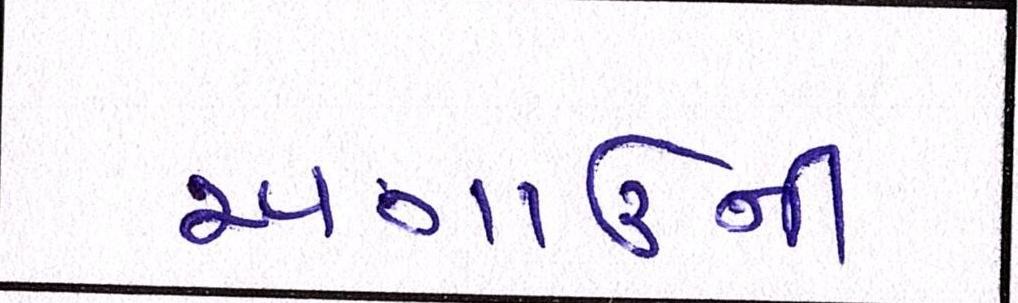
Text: અગાઉની